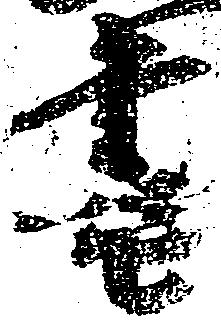
書